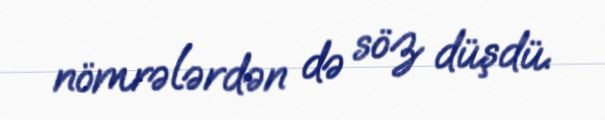
nömrələrdən də söz düşdü.